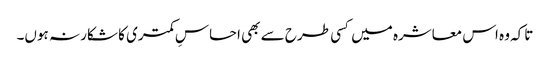
تاکہ وہ اس معاشرہ میں کسی طرح سے بھی احساسِ کمتری کا شکار نہ ہوں۔